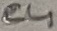
Text: C4